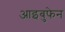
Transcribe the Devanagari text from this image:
आइबुफेन